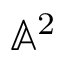
\mathbb { A } ^ { 2 }